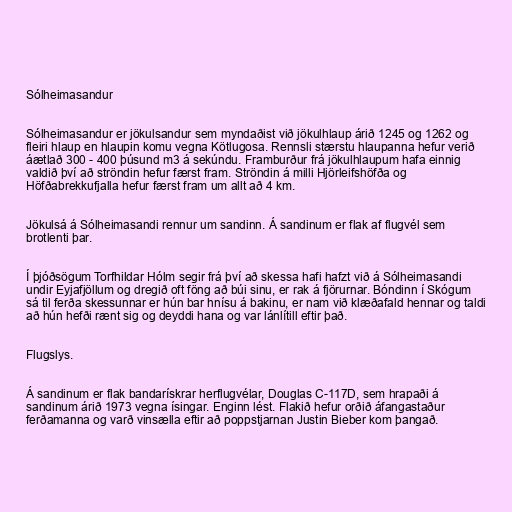
Sólheimasandur

Sólheimasandur er jökulsandur sem myndaðist við jökulhlaup árið 1245 og 1262 og
fleiri hlaup en hlaupin komu vegna Kötlugosa. Rennsli stærstu hlaupanna hefur verið
áætlað 300 - 400 þúsund m3 á sekúndu. Framburður frá jökulhlaupum hafa einnig
valdið því að ströndin hefur færst fram. Ströndin á milli Hjörleifshöfða og
Höfðabrekkufjalla hefur færst fram um allt að 4 km.

Jökulsá á Sólheimasandi rennur um sandinn. Á sandinum er flak af flugvél sem
brotlenti þar.

Í þjóðsögum Torfhildar Hólm segir frá því að skessa hafi hafzt við á Sólheimasandi
undir Eyjafjöllum og dregið oft föng að búi sinu, er rak á fjörurnar. Bóndinn í Skógum
sá til ferða skessunnar er hún bar hnísu á bakinu, er nam við klæðafald hennar og taldi
að hún hefði rænt sig og deyddi hana og var lánlítill eftir það.

Flugslys.

Á sandinum er flak bandarískrar herflugvélar, Douglas C-117D, sem hrapaði á
sandinum árið 1973 vegna ísingar. Enginn lést. Flakið hefur orðið áfangastaður
ferðamanna og varð vinsælla eftir að poppstjarnan Justin Bieber kom þangað.